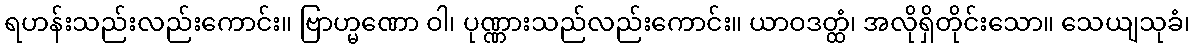
ရဟန်းသည်းလည်းကောင်း။ ဗြာဟ္မဏော ဝါ၊ ပုဏ္ဏားသည်လည်းကောင်း။ ယာဝဒတ္ထံ၊ အလိုရှိတိုင်းသော။ သေယျသုခံ၊